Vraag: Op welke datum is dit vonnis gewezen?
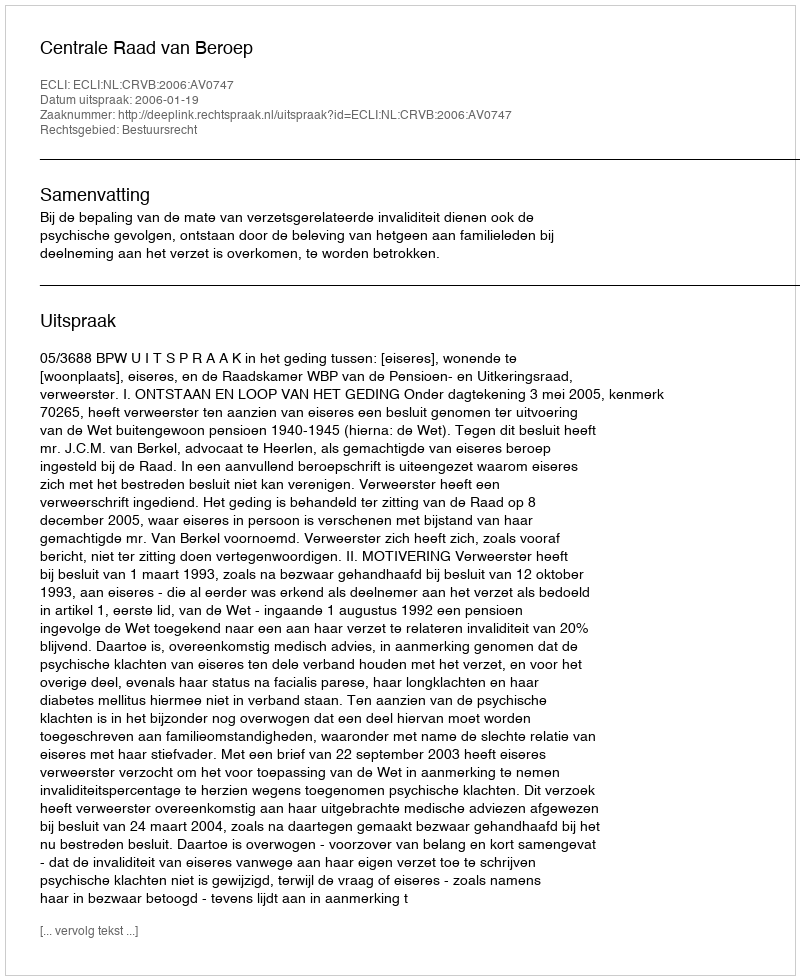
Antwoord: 2006-01-19